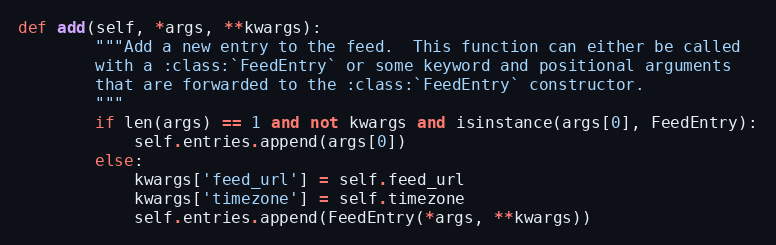
Language: Python
def add(self, *args, **kwargs):
        """Add a new entry to the feed.  This function can either be called
        with a :class:`FeedEntry` or some keyword and positional arguments
        that are forwarded to the :class:`FeedEntry` constructor.
        """
        if len(args) == 1 and not kwargs and isinstance(args[0], FeedEntry):
            self.entries.append(args[0])
        else:
            kwargs['feed_url'] = self.feed_url
            kwargs['timezone'] = self.timezone
            self.entries.append(FeedEntry(*args, **kwargs))